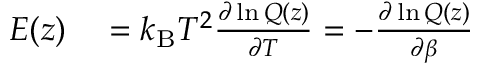
\begin{array} { r l } { E ( z ) } & { { } = k _ { \mathrm { B } } T ^ { 2 } \frac { \partial \ln Q ( z ) } { \partial T } = - \frac { \partial \ln Q ( z ) } { \partial \beta } } \end{array}